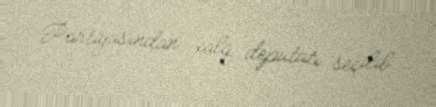
Partiyasından xalq deputatı seçilib.